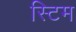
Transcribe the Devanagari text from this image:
स्टिम